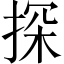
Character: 探